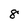
Character: 8